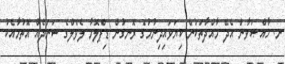
ނ. ޚާއްޞަވާން އެދޭ މާއްދާތަކުން ކިޔަވައިދިނުމުގެ ރޮނގުން ޑިޕްލޮމާ ލެވެލްގެ ސަނަދެއް އޮތުމާއެކު